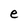
Character: e